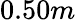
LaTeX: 0.50m